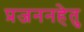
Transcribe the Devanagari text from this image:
प्रजननहेतु